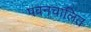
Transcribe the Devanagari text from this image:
पवनचालित